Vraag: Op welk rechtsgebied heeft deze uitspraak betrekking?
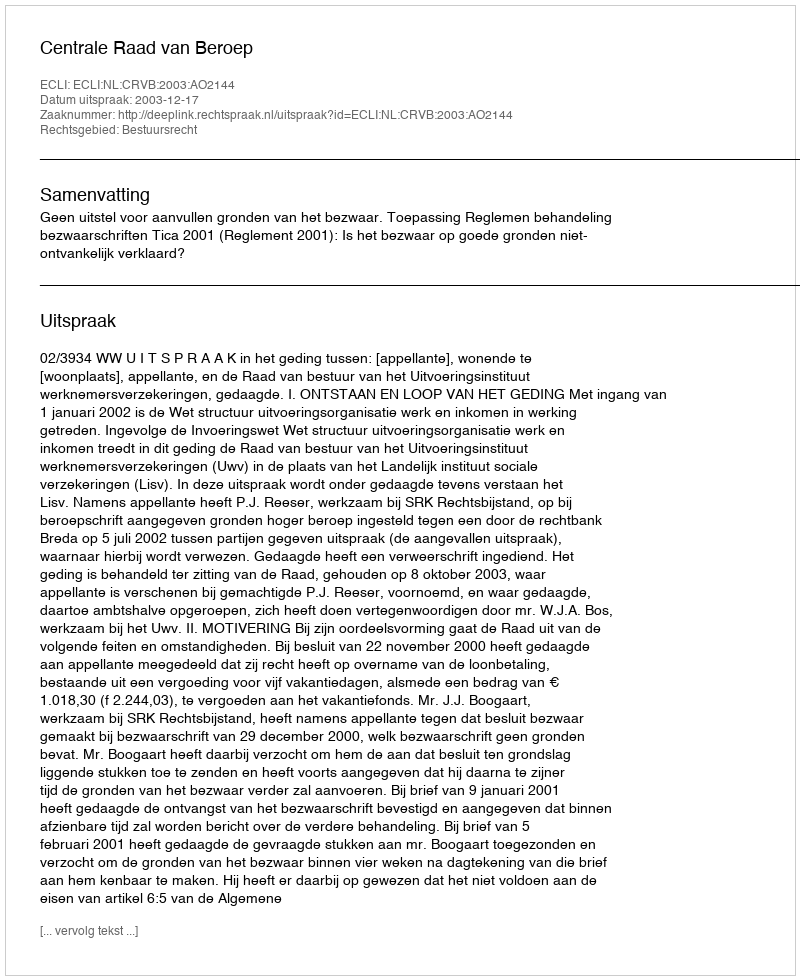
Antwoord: Bestuursrecht